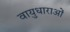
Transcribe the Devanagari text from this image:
वायुधाराओं